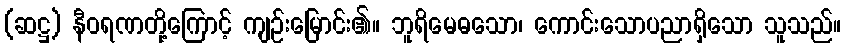
(ဆဋ္ဌ) နီဝရဏတို့ကြောင့် ကျဉ်းမြောင်း၏။ ဘူရိမေဓသော၊ ကောင်းသောပညာရှိသော သူသည်။